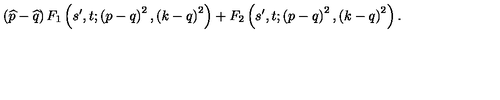
\left( \widehat { p } - \widehat { q } \right) F _ { 1 } \left( s ^ { \prime } , t ; \left( p - q \right) ^ { 2 } , \left( k - q \right) ^ { 2 } \right) + F _ { 2 } \left( s ^ { \prime } , t ; \left( p - q \right) ^ { 2 } , \left( k - q \right) ^ { 2 } \right) .